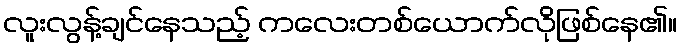
လူးလွန့်ချင်နေသည့် ကလေးတစ်ယောက်လိုဖြစ်နေ၏။